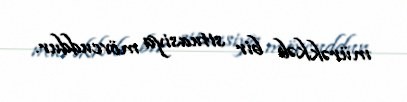
mürəkkəb bir situasiya mövcuddur.